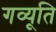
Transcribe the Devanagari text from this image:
गव्यूति